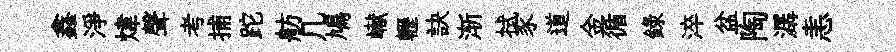
鑫淨煒聲考捕跎舫几鳩𪩘轣訣渐拭豕道金循録淬盆陶潺恚